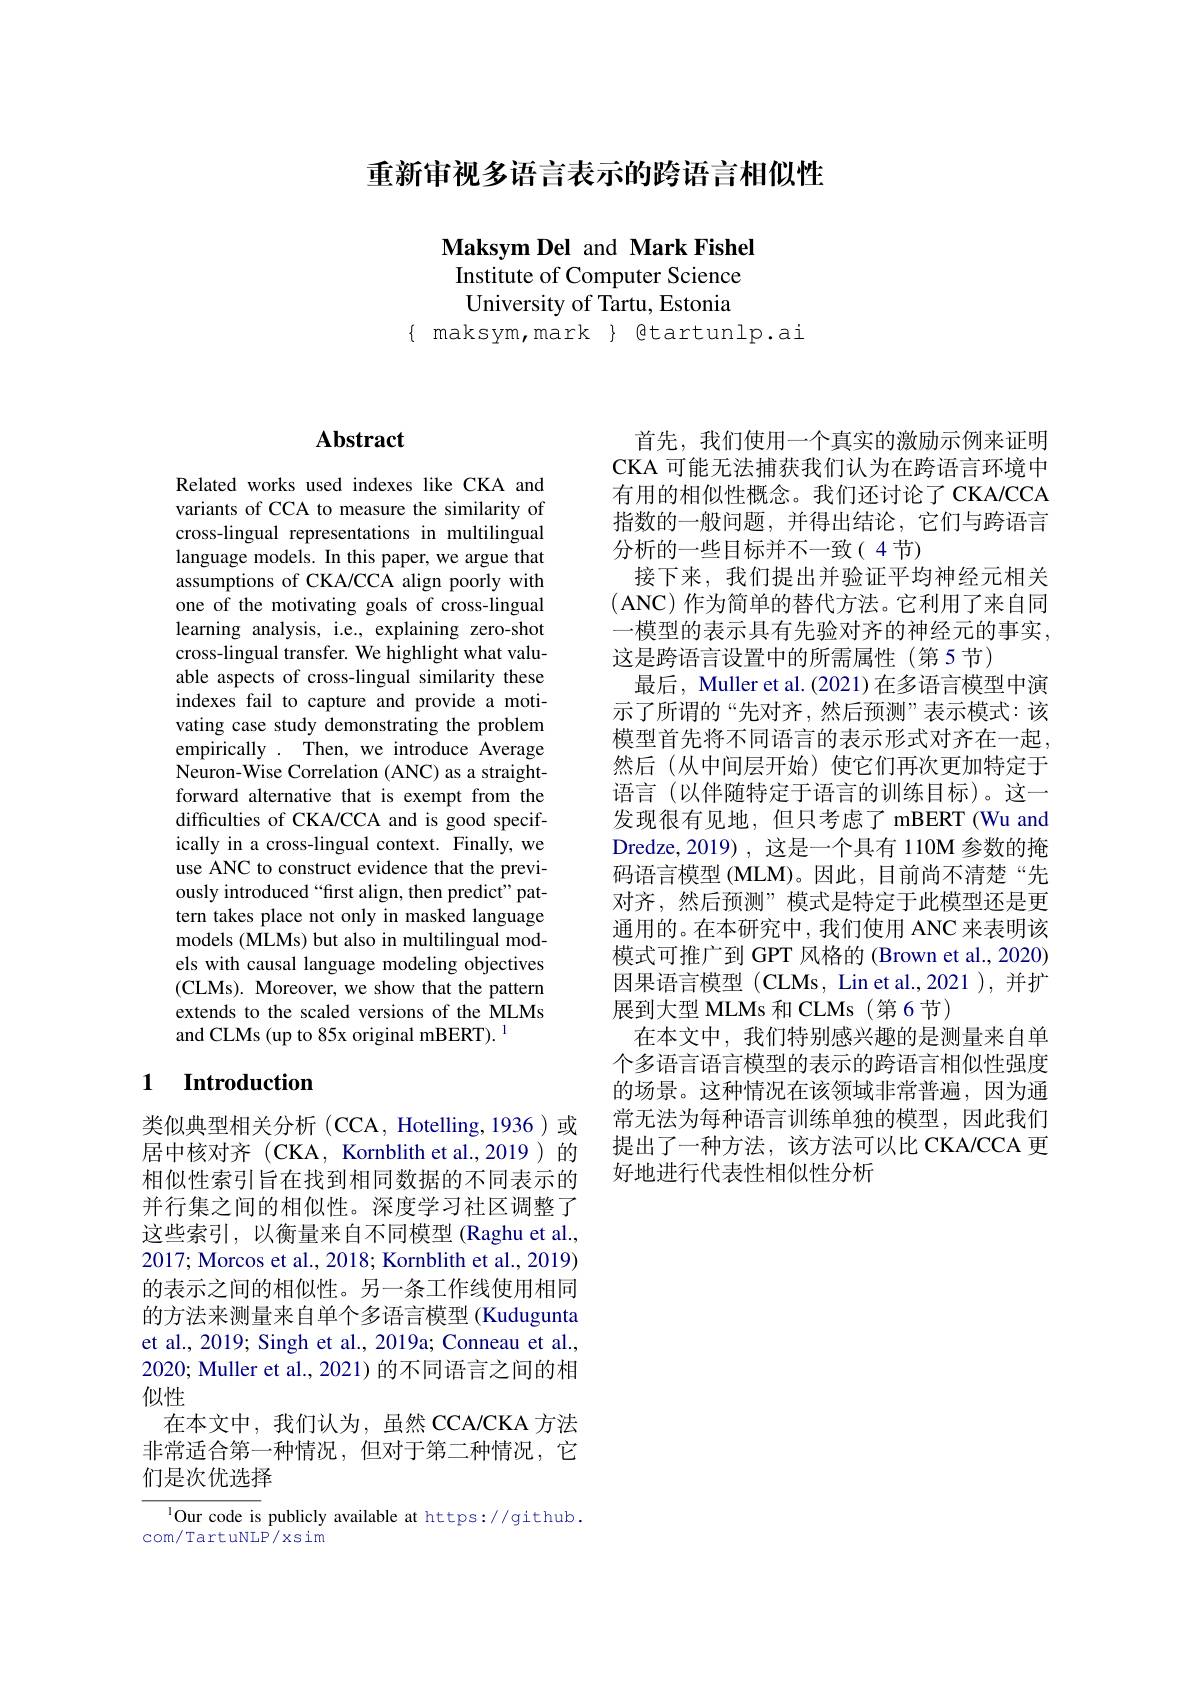
重新审视多语言表示的跨语言相似性

Maksym Del and Mark Fishel Institute of Computer Science University of Tartu, Estonia
$\{$ maksym, mark $\}$ gtartunlp.ai

## $\mathbf{Abstract}$

Related works used indexes like CKA and variants of CCA to measure the similarity of cross-lingual representations in multilingual language models. In this paper, we argue that assumptions of CKA/CCA align poorly with one of the motivating goals of cross-lingual learning analysis, i.e., explaining zero-shot cross-lingual transfer. We highlight what valuable aspects of cross-lingual similarity these indexes fail to capture and provide a motivating case study demonstrating the problem empirically . Then, we introduce Average Neuron-Wise Correlation (ANC) as a straightforward alternative that is exempt from the difficulties of CKA/CCA and is good specifically in a cross-lingual context. Finally, we use ANC to construct evidence that the previously introduced “first align, then predict" pattern takes place not only in masked language models (MLMs) but also in multilingual models with causal language modeling objectives (CLMs). Moreover, we show that the pattern extends to the scaled versions of the MLMs and CLMs (up to 85x original mBERT). $^{1}$

## 1 Introduction

类似典型相关分析(CCA, Hotelling,1936)或居中核对齐(CKA, Kornblith et al.,2019)的相似性索引旨在找到相同数据的不同表示的并行集之间的相似性。深度学习社区调整了这些索引，以衡量来自不同模型(Raghu et al., 2017; Morcos et al., 2018; Kornblith et al., 2019) 的表示之间的相似性。另一条工作线使用相同的方法来测量来自单个多语言模型 (Kudugunta et al., 2019; Singh et al., 2019a; Conneau et al., 2020; Muller et al., 2021) 的不同语言之间的相似性
在本文中，我们认为，虽然 CCA/CKA 方法非常适合第一种情况，但对于第二种情况，它们是次优选择

$^{1}$Our code is publicly available at https://github.
com/TartuNLP/xsim

首先，我们使用一个真实的激励示例来证明CKA 可能无法捕获我们认为在跨语言环境中有用的相似性概念。我们还讨论了 CKA/CCA 指数的一般问题，并得出结论，它们与跨语言分析的一些目标并不一致(4节)
接下来，我们提出并验证平均神经元相关( ANC) 作为简单的替代方法。它利用了来自同一模型的表示具有先验对齐的神经元的事实， 这是跨语言设置中的所需属性(第5节)
最后，Muller et al. (2021) 在多语言模型中演示了所谓的“先对齐，然后预测”表示模式：该模型首先将不同语言的表示形式对齐在一起， 然后(从中间层开始)使它们再次更加特定于语言(以伴随特定于语言的训练目标)。这一发现很有见地，但只考虑了 mBERT(Wu and Dredze,2019),这是一个具有 110M 参数的掩码语言模型 (MLM)。因此，目前尚不清楚“先对齐，然后预测”模式是特定于此模型还是更通用的。在本研究中，我们使用 ANC 来表明该模式可推广到 GPT 风格的 (Brown et al., 2020) 因果语言模型 (CLMs, Lin et al.,2021 ), 并扩展到大型 MLMs 和 CLMs (第6节)
在本文中，我们特别感兴趣的是测量来自单个多语言语言模型的表示的跨语言相似性强度的场景。这种情况在该领域非常普遍，因为通常无法为每种语言训练单独的模型，因此我们提出了一种方法，该方法可以比 CKA/CCA 更好地进行代表性相似性分析